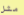
مثل